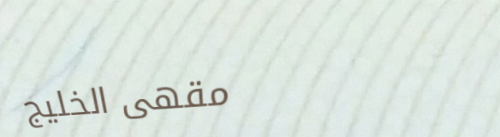
مقهى الخليج